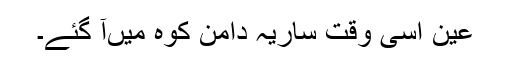
عین اسی وقت ساریہ دامن کوہ میںآ گئے۔